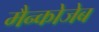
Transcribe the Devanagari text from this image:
मैन्कोजेब